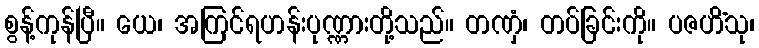
စွန့်ကုန်ပြီ။ ယေ၊ အကြင်ရဟန်းပုဏ္ဏားတို့သည်။ တဏှံ၊ တပ်ခြင်းကို။ ပဇဟိံသု၊